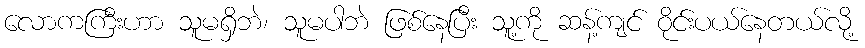
လောကကြီးဟာ သူမရှိဘဲ၊ သူမပါဘဲ ဖြစ်နေပြီး သူ့ကို ဆန့်ကျင် ဝိုင်းပယ်နေတယ်လို့